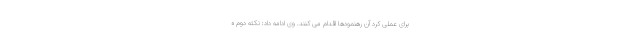
برای عملی کرد آن رهنمودها اقدام می کنند. وی ادامه داد: نکته دوم ه